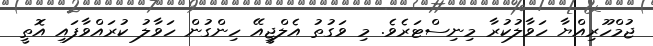
ޖުމްހޫރިއްޔާ ހަވާލުކުރާ މިނިސްޓަރެވެ. މި ވަގުތު އެލްޖީއޭ ހިންގުން ހަވާލު ކުރައްވާފައި އޮތީ